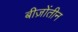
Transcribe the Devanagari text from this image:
बीज़ोंतीन